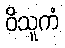
ဝိသူကံ